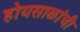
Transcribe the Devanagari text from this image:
होयसाळांची